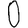
Digit: 0